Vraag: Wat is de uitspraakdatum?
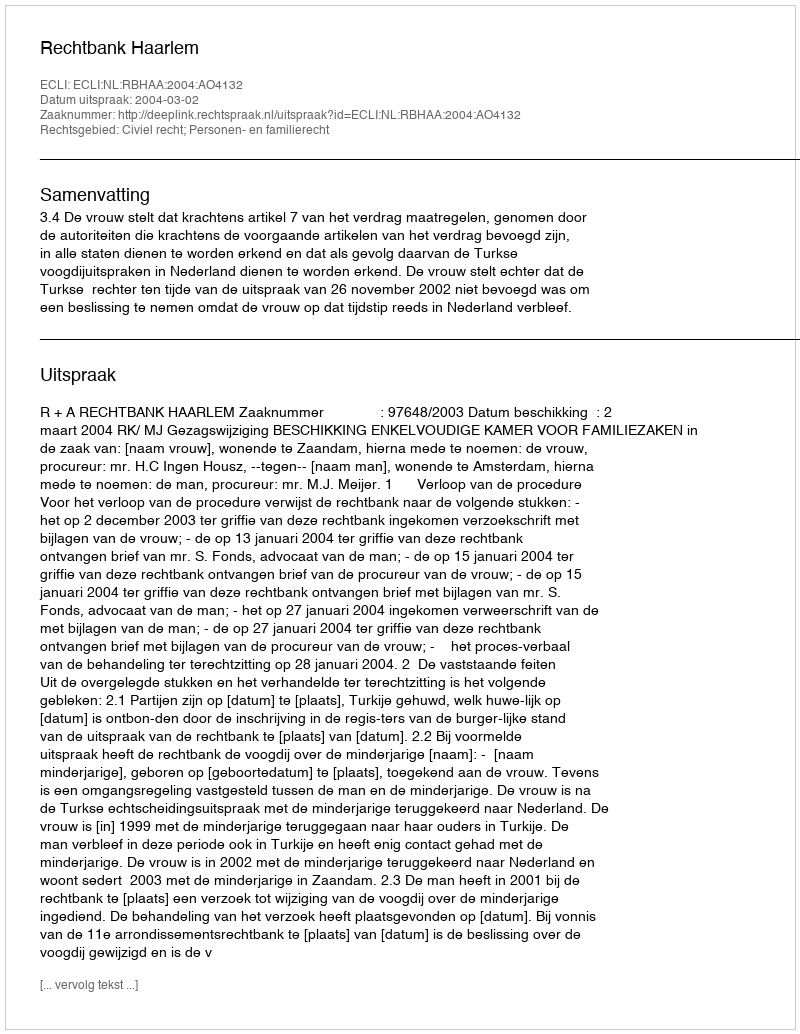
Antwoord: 2004-03-02